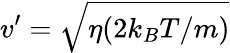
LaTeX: v^{\prime}=\sqrt{\eta(2k_{B}T/m)}